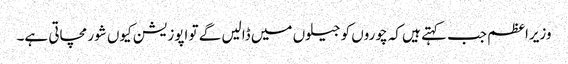
وزیراعظم جب کہتے ہیں کہ چوروں کو جیلوں میں ڈالیں گے تو اپوزیشن کیوں شور مچاتی ہے۔